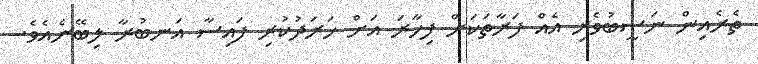
ތެރެއިން ނަސީބުވެރި އެއް ފަރާތަކަށް ފިހާރަ އަށް ހަރަދުކުރި ފައިސާ އަނބުރާ ލިބޭނެއެވެ.